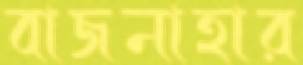
বাজনাহার